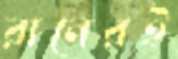
রানেরই